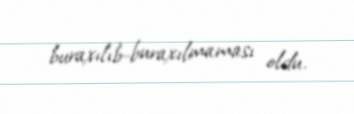
buraxılıb-buraxılmaması oldu.